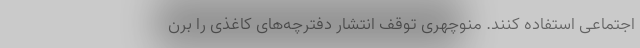
اجتماعی استفاده کنند. منوچهری توقف انتشار دفترچه‌های کاغذی را برن